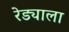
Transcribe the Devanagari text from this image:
रेड्याला